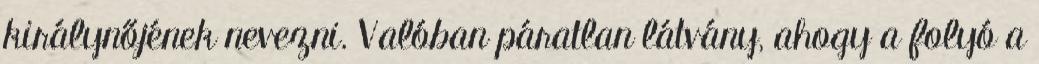
királynőjének nevezni. Valóban páratlan látvány, ahogy a folyó a